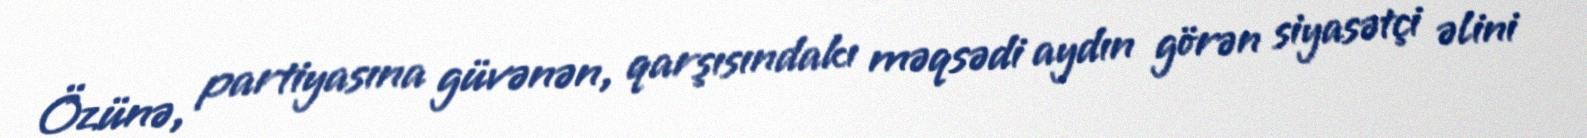
Özünə, partiyasına güvənən, qarşısındakı məqsədi aydın görən siyasətçi əlini